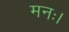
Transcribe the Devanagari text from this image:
मनः।